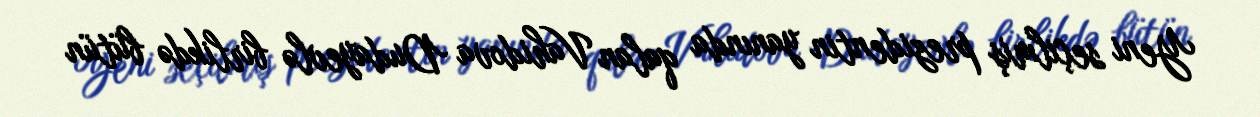
Yeni seçilmiş prezidentin yanında qalan Vahidova Dudayevlə birlikdə bütün